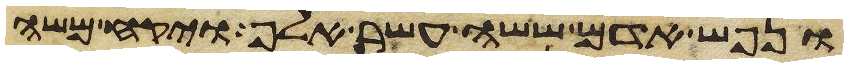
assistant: ונפש אדם ששה עשר אלף ויקח משה